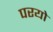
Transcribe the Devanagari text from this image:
परयो